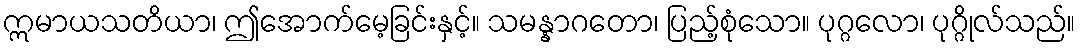
ဣမာယသတိယာ၊ ဤအောက်မေ့ခြင်းနှင့်။ သမန္နာဂတော၊ ပြည့်စုံသော။ ပုဂ္ဂလော၊ ပုဂ္ဂိုလ်သည်။